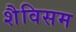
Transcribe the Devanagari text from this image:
शैविसम